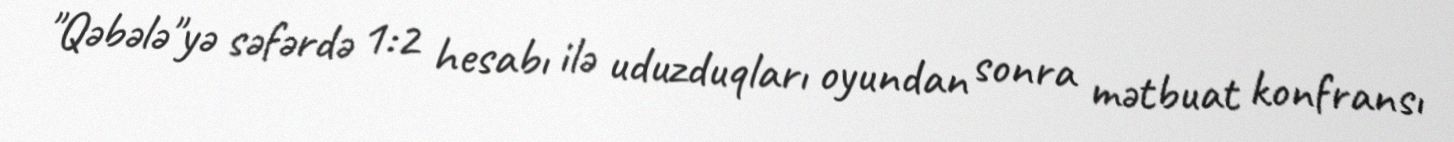
"Qəbələ"yə səfərdə 1:2 hesabı ilə uduzduqları oyundan sonra mətbuat konfransı